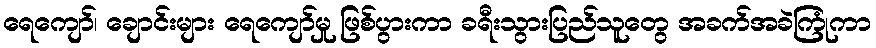
ရေကျော်၊ ချောင်းများ ရေကျော်မှု ဖြစ်ပွားကာ ခရီးသွားပြည်သူတွေ အခက်အခဲကြုံကာ